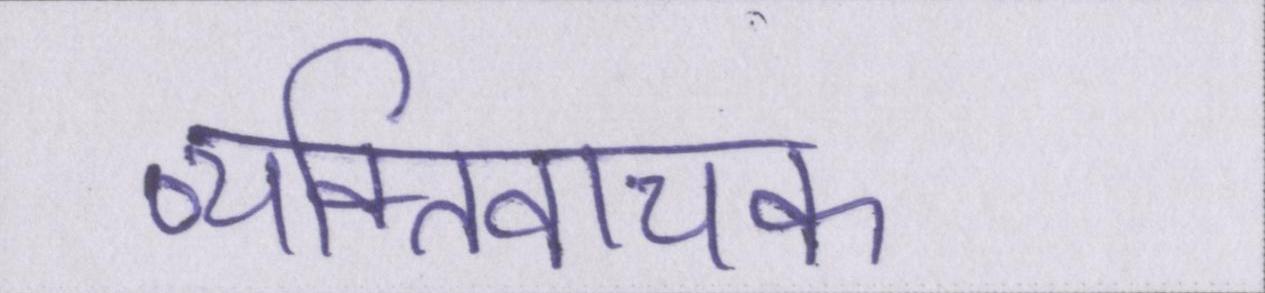
व्यक्तिवाचक